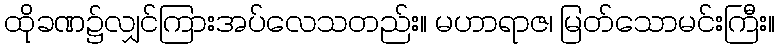
ထိုခဏ၌လျှင်ကြားအပ်လေသတည်း။ မဟာရာဇ၊ မြတ်သောမင်းကြီး။